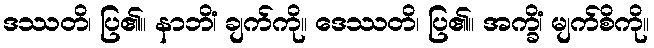
ဒဿတိ၊ ပြ၏။ နာဘိံ၊ ချက်ကို။ ဒေဿတိ၊ ပြ၏။ အက္ခိံ၊ မျက်စိကို။